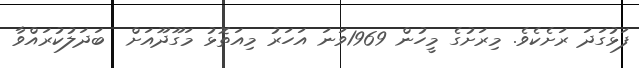
ފަޅުގަދަ ރަށެކެވެ. މިރަށުގެ މީހުން 1969ވަނަ އަހަރު މިއަތޮޅު މަގޫދޫއަށް  ބަދަލުކުރައްވާ